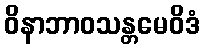
ဝိနာဘာဝသန္တမေဝိဒံ